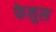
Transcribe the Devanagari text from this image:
फेनुस